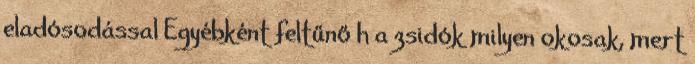
eladósodással Egyébként feltűnő h a zsidók milyen okosak, mert